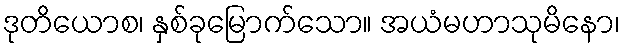
ဒုတိယောစ၊ နှစ်ခုမြောက်သော။ အယံမဟာသုမိနော၊